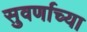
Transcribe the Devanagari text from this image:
सुवर्णाच्या